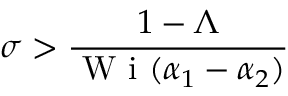
\sigma > \frac { 1 - \Lambda } { \mathrm { ~ W ~ i ~ } ( \alpha _ { 1 } - \alpha _ { 2 } ) }